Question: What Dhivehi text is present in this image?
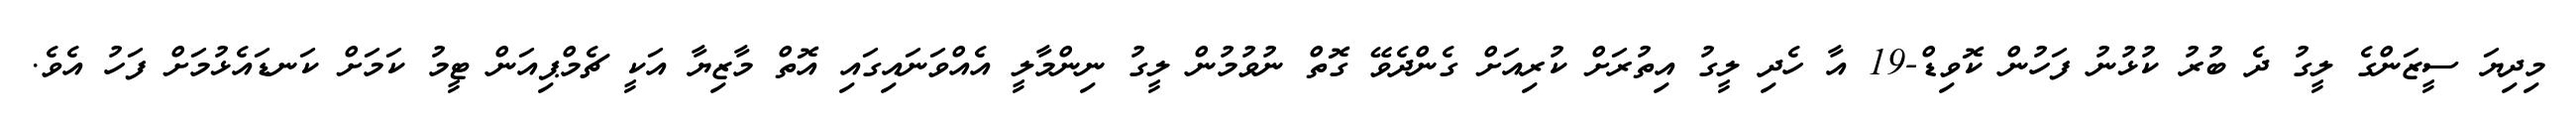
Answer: މިދިޔަ ސީޒަންގެ ލީގު ދެ ބުރު ކުޅުނު ފަހުން ކޮވިޑް-19 އާ ހެދި ލީގު އިތުރަށް ކުރިއަށް ގެންދެވޭ ގޮތް ނުވުމުން ލީގު ނިންމާލީ އެއްވަނައިގައި އޮތް މާޒިޔާ އަކީ ޗެމްޕިއަން ޓީމު ކަމަށް ކަނޑައެޅުމަށް ފަހު އެވެ.